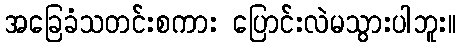
အခြေခံသတင်းစကား ပြောင်းလဲမသွားပါဘူး။